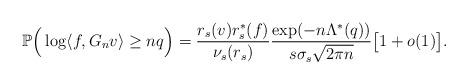
LaTeX: \begin{align*}\mathbb{P} \Big( \log \langle f, G_n v \rangle \geq n q \Big)= \frac{r_s(v) r_s^*(f)}{\nu_s(r_s)} \frac{ \exp(- n\Lambda^{*}(q)) }{ s\sigma_{s}\sqrt{2\pi n} } \big[ 1 + o(1) \big].\end{align*}